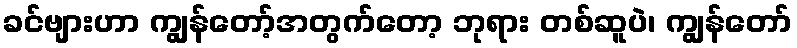
ခင်ဗျားဟာ ကျွန်တော့်အတွက်တော့ ဘုရား တစ်ဆူပဲ၊ ကျွန်တော်